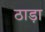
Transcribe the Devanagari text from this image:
ठाड़ा